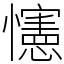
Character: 㦥